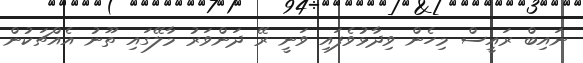
ނައިބް ރައީސް މިހެން ވިދާޅުވެފައި ވަނީ ރޭ ދަންވަރު މާލޭގައި ތޫނު އެއްޗަކުން